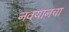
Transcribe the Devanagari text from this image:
नवयानचा